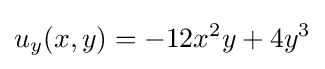
u_{y}(x,y)=-12x^{2}y+4y^{3}